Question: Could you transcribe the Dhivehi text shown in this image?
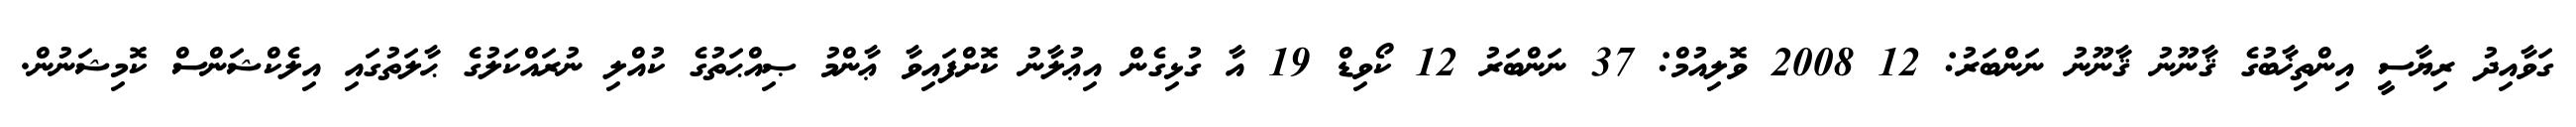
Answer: ގަވާއިދު ރިޔާސީ އިންތިޚާބުގެ ޤާނޫނު ޤާނޫނު ނަންބަރު: 12 2008 ވޮލިއުމް: 37 ނަންބަރު 12 ކޯވިޑް 19 އާ ގުޅިގެން އިޢުލާނު ކޮށްފައިވާ ޢާންމު ޞިއްޙަތުގެ ކުއްލި ނުރައްކަލުގެ ޙާލަތުގައި އިލެކްޝަންސް ކޮމިޝަނުން.